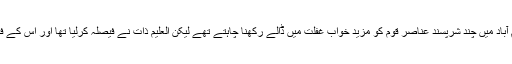
یہ ٹھیک وہی وقت تھا جب اسلام آباد میں چند شرپسند عناصر قوم کو مزید خوابِ غفلت میں ڈالے رکھنا چاہتے تھے لیکن العلیم ذات نے فیصلہ کرلیا تھا اور اس کے فیصلوں پر کسی کا بس نہیں چلتا۔